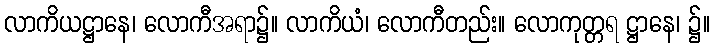
လာကိယဋ္ဌာနေ၊ လောကီအရာ၌။ လာကိယံ၊ လောကီတည်း။ လောကုတ္တရ ဋ္ဌာနေ၊ ၌။